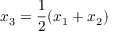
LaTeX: x _ { 3 } = { \frac { 1 } { 2 } } ( x _ { 1 } + x _ { 2 } )